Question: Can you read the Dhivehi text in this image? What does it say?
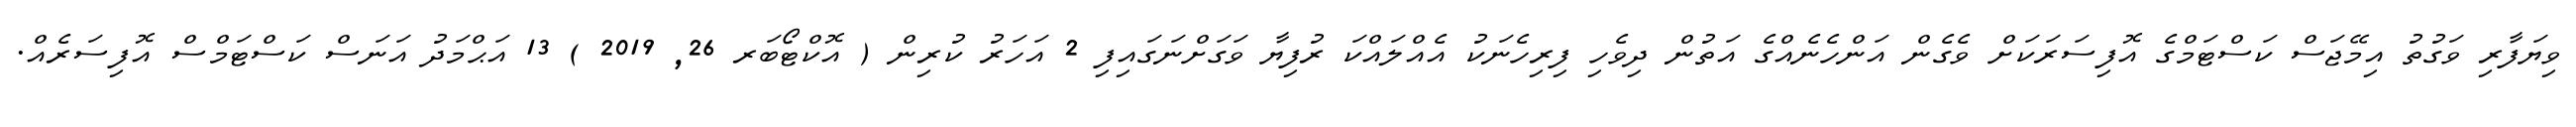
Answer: ވިޔަފާރި ވަގުތު އިމޭޖަސް ކަސްޓަމްގެ އޮފިސަރަކަށް ވެގެން އަންހެނެއްގެ އަތުން ދިވެހި ފިރިހެނަކު އެއްލައްކަ ރުފިޔާ ވަގަށްނަގައިފި 2 އަހަރު ކުރިން ( އޮކްޓޯބަރ 26, 2019 ) 13 އަޙްމަދު އަނަސް ކަސްޓަމްސް އޮފިސަރެއް.